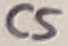
Text: C5